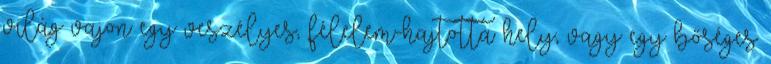
világ vajon egy veszélyes, félelem-hajtotta hely, vagy egy bőséges